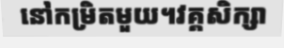
នៅកម្រិតមួយ។វគ្គសិក្សា